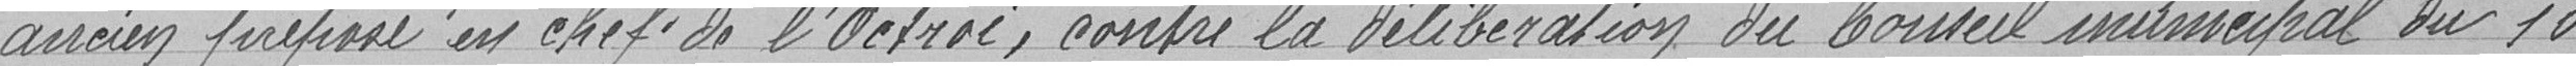
ancien pirépissé en chef de l'octroi, contre la délibération du Conseil municipal du 10